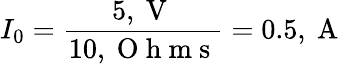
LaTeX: I_{0}=\frac{5,\mathrm{~V~}}{10,\mathrm{~O~h~m~s~}}=0.5,\mathrm{~A~}